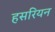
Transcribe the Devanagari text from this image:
हसरियन